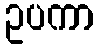
ဥပကာ